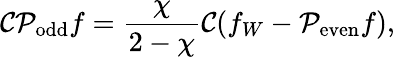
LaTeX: \mathcal{C}\mathcal{P}_{\mathrm{odd}}f=\frac{\chi}{2-\chi}\mathcal{C}(f_{W}-\mathcal{P}_{\mathrm{even}}f),